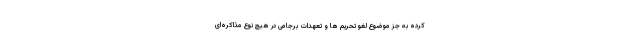
کرده به جز موضوع لغو تحریم ها و تعهدات برجامی در هیچ نوع مذاکره‌ای